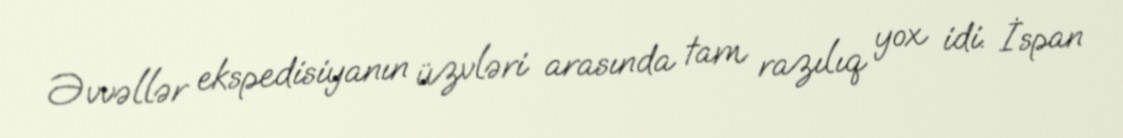
Əvvəllər ekspedisiyanın üzvləri arasında tam razılıq yox idi. İspan